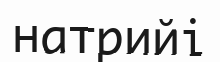
натрийі